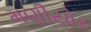
મણીયોર